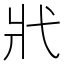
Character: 𢍿